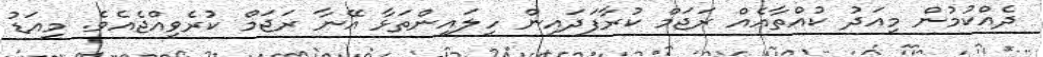
ދެއްކުމުން މިއަދު ކުއްތާއެއް ރަޖަމް ކުރާފަދައިން ހިލައިންތަޅާ އޭނާ ރަޖަމް ކުރެވިއްޖެއެވެ. މިއަޑު